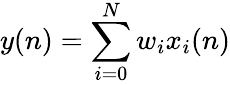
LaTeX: y(n)=\sum_{i=0}^{N}w_{i}x_{i}(n)